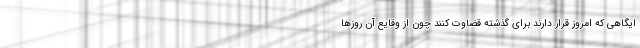
ایگاهی که امروز قرار دارند برای گذشته قضاوت کنند چون از وقایع آن روزها